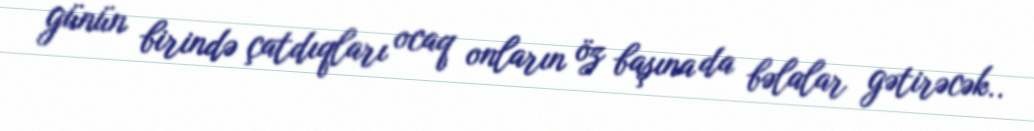
günün birində çatdıqları ocaq onların öz başına da bəlalar gətirəcək..